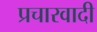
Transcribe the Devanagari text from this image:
प्रचारवादी